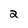
Character: 2